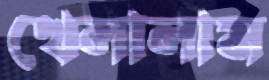
খেলালাম